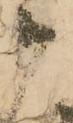
被